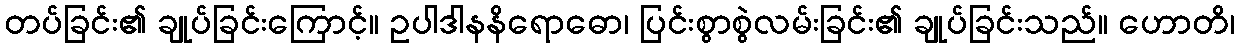
တပ်ခြင်း၏ ချုပ်ခြင်းကြောင့်။ ဥပါဒါနနိရောဓော၊ ပြင်းစွာစွဲလမ်းခြင်း၏ ချုပ်ခြင်းသည်။ ဟောတိ၊